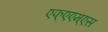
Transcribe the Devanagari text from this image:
एफ्‌एएम्‌एस